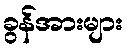
ခွန်အားများ